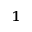
^ 1